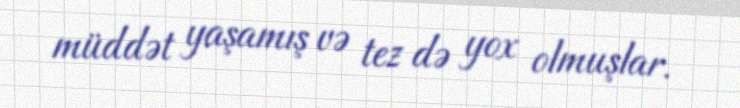
müddət yaşamış və tez də yox olmuşlar.